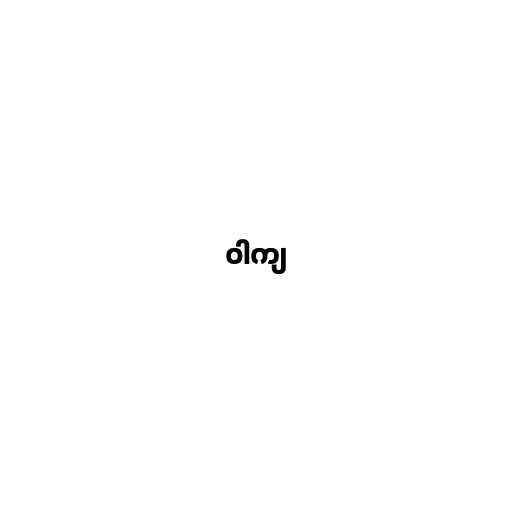
ဝါကျ